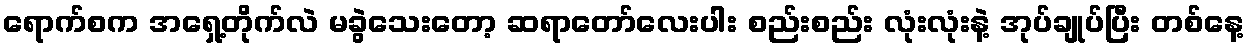
ရောက်စက အရှေ့တိုက်လဲ မခွဲသေးတော့ ဆရာတော်လေးပါး စည်းစည်း လုံးလုံးနဲ့ အုပ်ချုပ်ပြီး တစ်နေ့